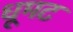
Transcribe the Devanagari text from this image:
धूमट